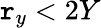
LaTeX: \mathtt{r}_{y}<2Y